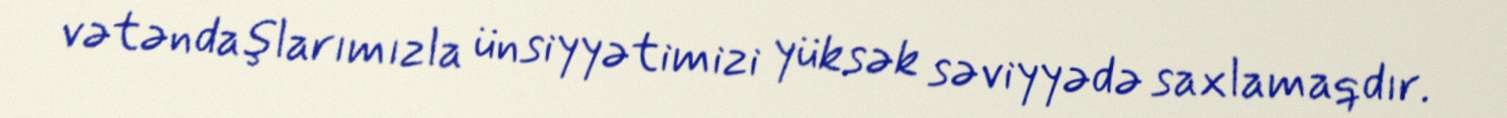
vətəndaşlarımızla ünsiyyətimizi yüksək səviyyədə saxlamaqdır.